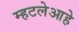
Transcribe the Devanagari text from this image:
म्हटलेआहे